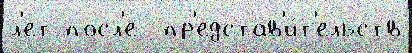
л'ет посл'е  пр'едстав'и́т'ельств